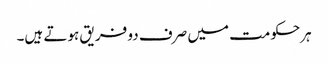
ہرحکومت میں صرف دو فریق ہوتے ہیں۔